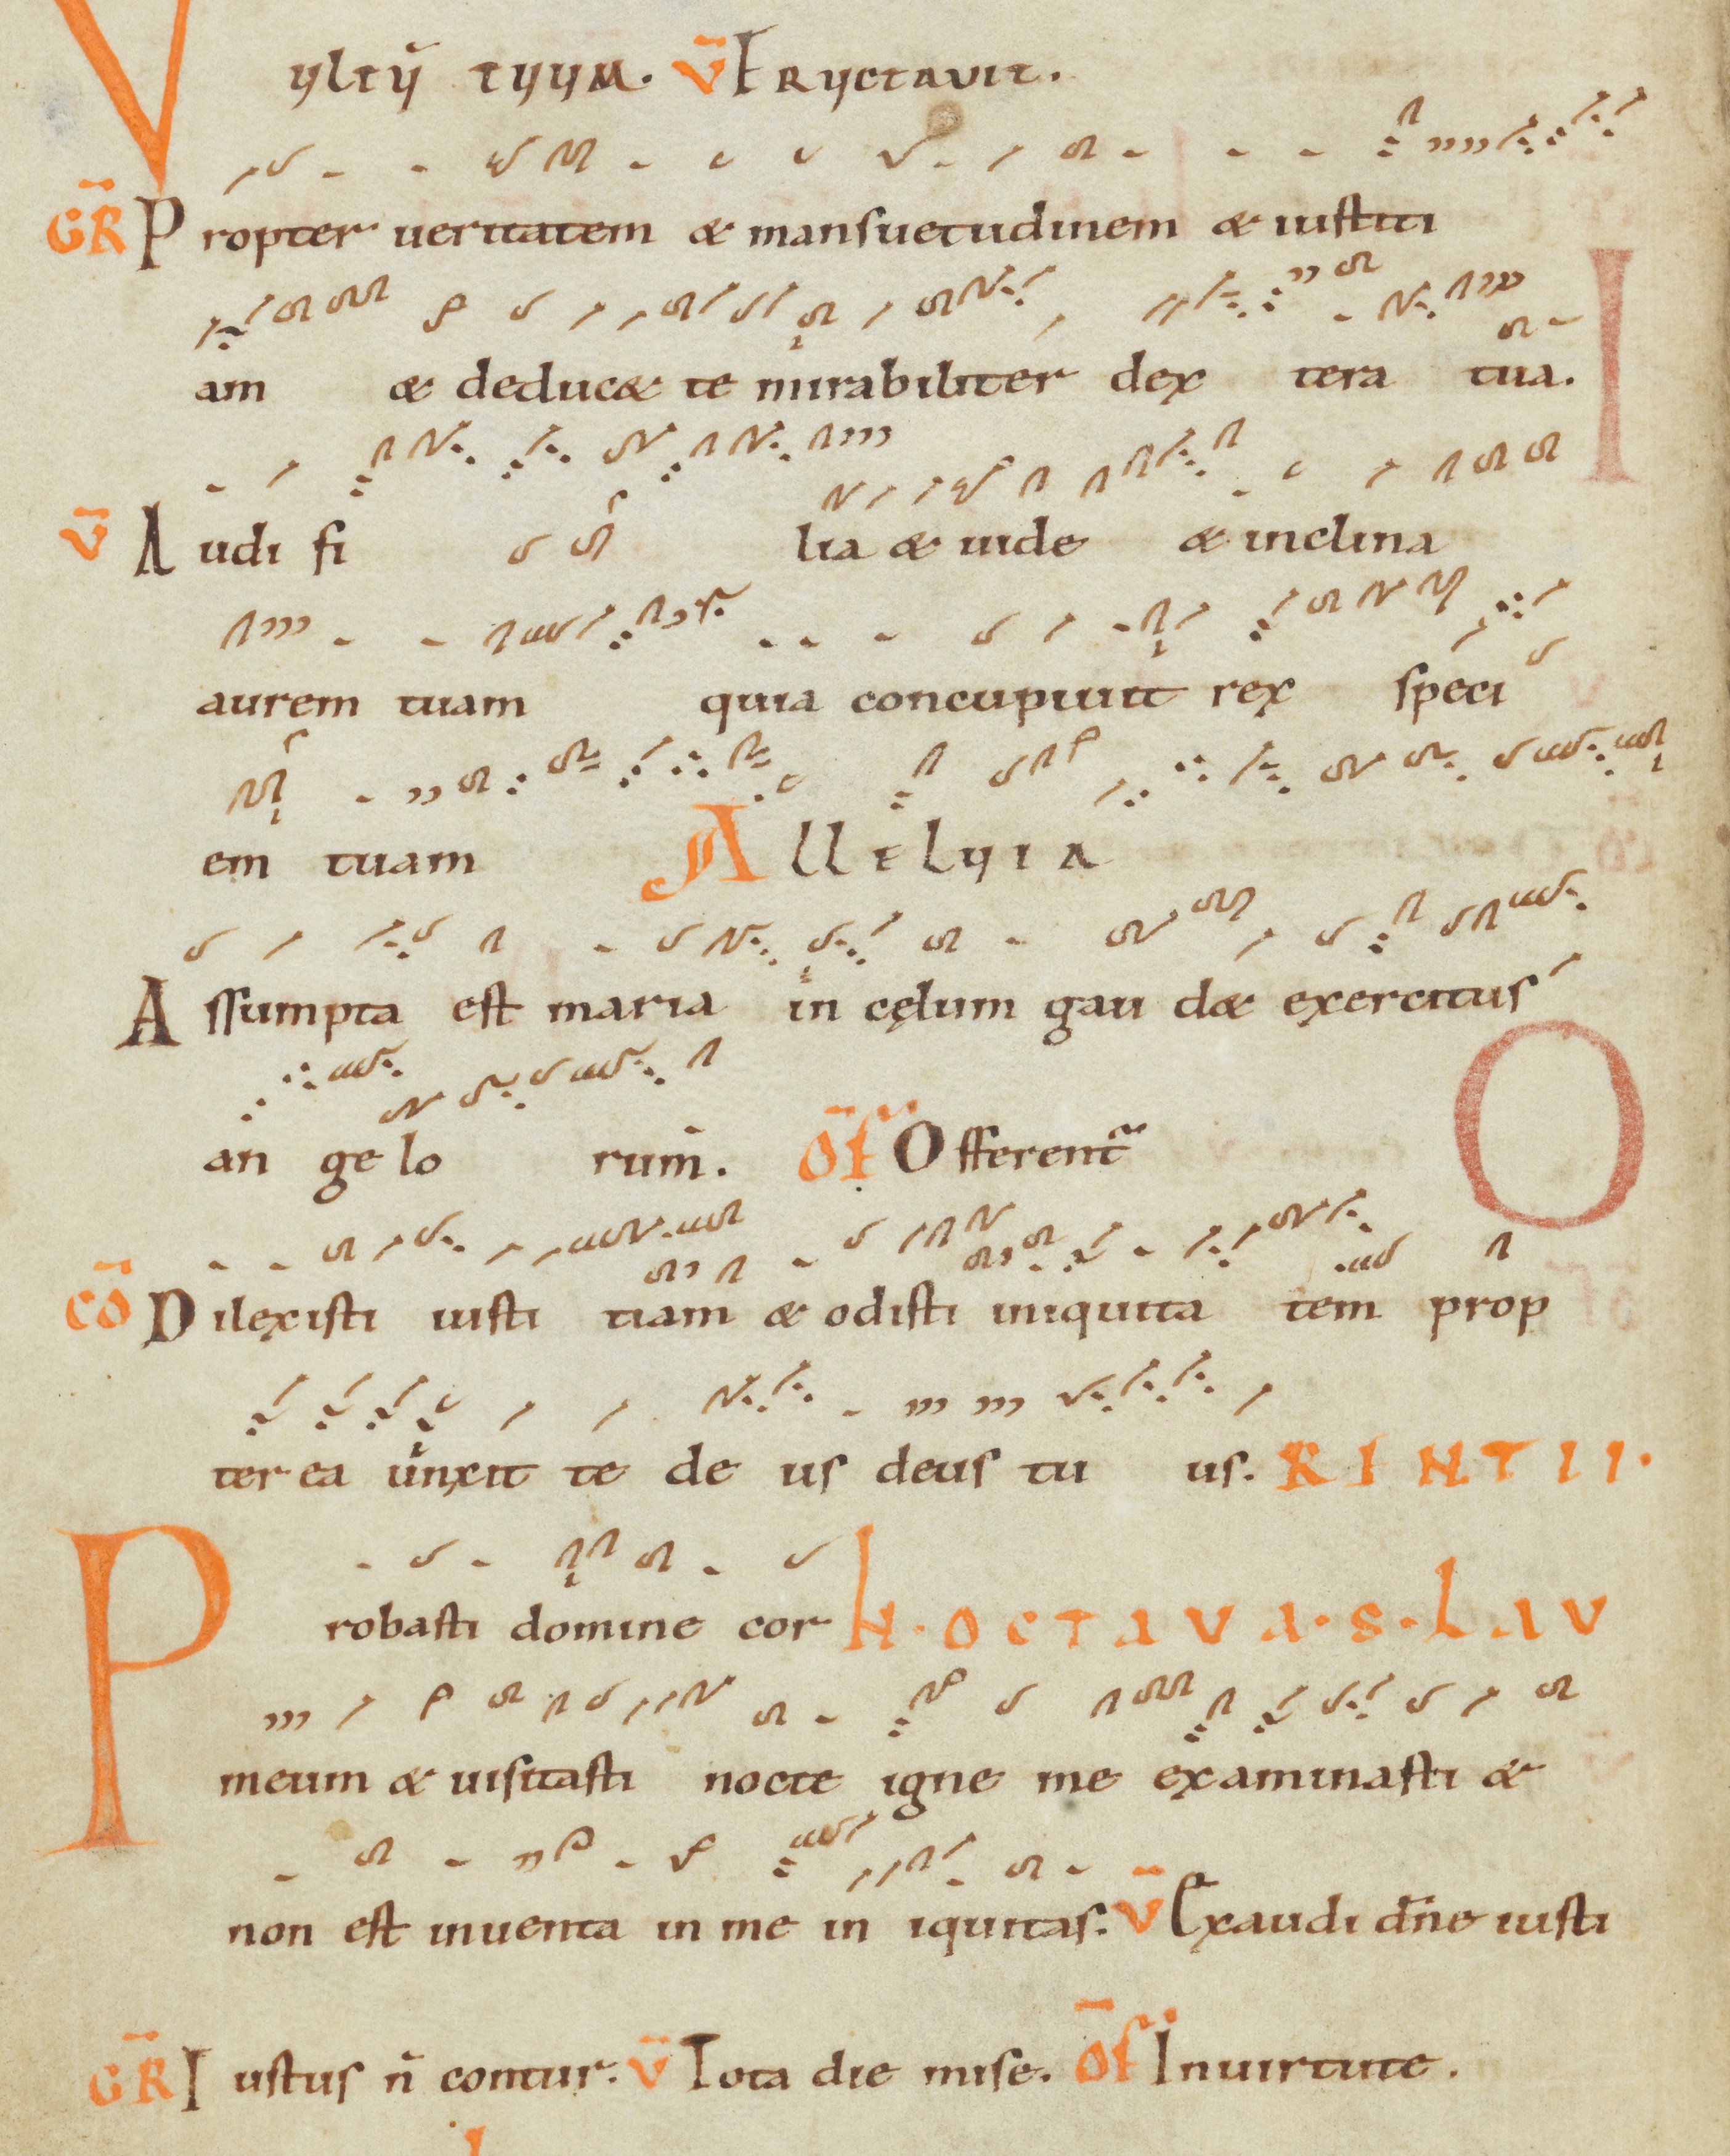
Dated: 1000–1099